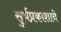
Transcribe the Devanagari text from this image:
सुर्यप्रकाशाने